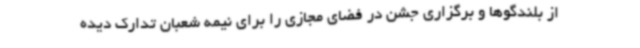
از بلندگوها و برگزاری جشن در فضای مجازی را برای نیمه شعبان تدارک دیده